Lunatic asylums Madras 1877-1891 - 1877-1891
Year: 1877
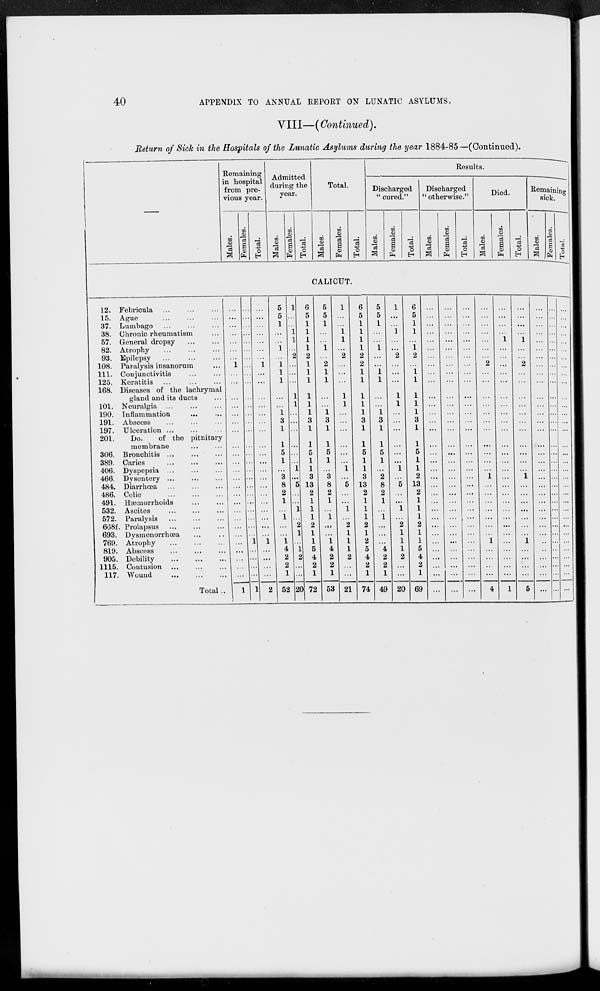
40
APPENDIX TO ANNUAL REPORT ON LUNATIC ASYLUMS.
VIII—( Continued).
Return of Sick in the Hospitals of the Lunatic Asylums during the year 1884-85—(Continued).
—
Remaining
in hospital
from pre-
vious year.
Males.
Females.
Total.
Admitted
during the
year.
Males.
Females.
Total.
Total.
Males.
Females.
Total.
Results.
Discharged
" cured."
Males.
Females.
Total.
Discharged
" otherwise."
Males.
Females.
Total.
Died.
Males.
Females.
Total.
Remaining
sick.
Males.
Females.
Total.
CALICUT.
12.
15.
37.
38.
57.
82.
93.
108.
111.
125.
168.
101.
190.
191.
197.
201.
306.
389.
406.
466.
484.
486.
491.
532.
572.
668f.
693.
769.
819.
905.
1115.
117.
Febricula
...
...
...
Ague
...
...
...
Lumbago
...
...
...
Chronic rheumatism ...
General dropsy
...
...
Atrophy
...
...
...
Epilepsy
...
...
...
Paralysis insanorum ...
Conjunctivitis ... ... ...
Keratitis ...
...
...
Diseases of the lachrymal
gland and its ducts ...
Neuralgia ... ... ...
Inflammation ... ...
Abscess ... ... ...
Ulceration ... ... ...
Do.
of the pitnitary
membrane
...
...
Bronchitis ... ... ...
Caries
...
...
...
Dyspepsia
...
...
...
Dysentery
...
...
...
Diarrhœa
...
...
...
Colic
...
...
...
Hæmorrhoids ... ...
Ascites
...
...
...
Paralysis
...
...
...
Prolapsus
...
...
...
Dysmenorrhœa ... ...
Atrophy ... ... ...
Abscess
...
...
...
Debility
...
...
...
Contusion
...
...
...
Wound
...
...
...
Total ..
...
...
...
...
...
...
...
1
...
...
...
...
...
...
...
...
...
...
...
...
...
...
...
...
...
...
...
... ...
...
...
...
1
...
...
...
...
...
...
...
...
...
...
...
...
...
...
...
...
...
...
...
...
...
...
...
...
...
...
...
1
...
...
...
...
1
...
...
...
...
...
...
...
1
...
...
...
...
...
...
...
...
...
...
...
...
...
...
...
...
...
...
...
1
...
...
...
...
2
5
5
1
...
...
1
...
1
1
1
...
...
1
3
1
1
5
1
...
3
8
2
1
...
1
...
...
1
4
2
2
1
52
1
...
...
1
1
...
2
...
...
...
1
1
...
...
...
...
...
...
1
...
5
...
...
1
...
2
1
...
1
2
...
...
20
6
5
1
1
1
1
2
1
1
1
1
1
1
3
1
1
5
1
1
3
13
2
1
1
1
2
1
1
5
4
2
1
72
5
5
1
...
...
1
...
2
1
1
...
...
1
3
1
1
5
1
...
3
8
2
1
...
1
...
...
1
4
2
2
1
53
1
...
...
1
1
...
2
...
...
...
1
1
...
...
...
...
...
...
1
...
5
...
...
1
...
2
1
1
1
2
...
...
21
6
5
1
1
1
1
2
2
1
1
1
1
1
3
1
1
5
1
1
3
13
2
1
1
1
2
1
2
5
4
2
1
74
5
5
1
...
...
1
...
...
1
1
...
...
1
3
1
1
5
1
...
2
8
2
1
...
1
...
...
...
4
2
2
1
49
1
...
...
1
...
...
2
...
...
...
1
1
...
...
...
...
...
...
1
...
5
...
...
1
...
2
1
1
1
2
...
...
20
6
5
1
1
...
1
2
...
1
1
1
1
1
3
1
1
5
1
1
2
13
2
1
1
1
2
1
1
5
4
2
1
69
...
...
...
...
...
...
...
...
...
...
...
...
...
...
...
...
...
...
...
...
...
...
...
...
...
...
...
...
...
...
...
...
...
...
...
...
...
...
...
...
...
...
...
...
...
...
...
...
...
...
...
...
...
...
...
...
...
...
...
...
...
...
...
...
...
...
...
...
...
...
...
...
...
...
...
...
...
...
...
...
...
...
...
...
...
...
...
...
...
...
...
...
...
...
...
...
...
...
...
...
...
...
...
...
...
...
2
...
...
...
...
...
...
...
...
...
...
...
1
...
...
...
...
...
...
...
1
...
...
...
...
4
...
...
...
...
1
...
...
...
...
...
...
...
...
...
...
...
...
...
...
...
...
...
...
...
...
...
...
...
...
...
...
...
1
...
...
...
...
1
...
...
2
...
...
...
...
...
...
...
...
...
...
...
1
...
...
...
...
...
...
...
1
...
...
...
...
5
...
...
...
...
...
...
...
...
...
...
...
...
...
...
...
...
...
...
...
...
...
...
...
...
...
...
...
...
...
...
...
...
...
...
...
...
...
...
...
...
...
...
...
...
...
...
...
...
...
...
...
...
...
...
...
...
...
...
...
...
...
...
...
...
...
...
...
...
...
...
...
...
...
...
...
...
...
...
...
...
...
...
...
...
...
...
...
...
...
...
...
...
...
...
...
...
...
...
...